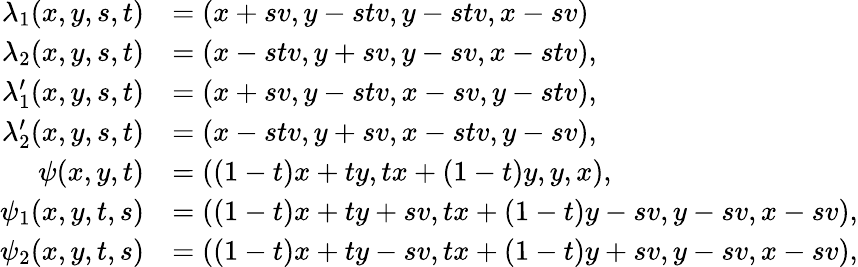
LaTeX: \begin{array}{rl}{\lambda_{1}(x,y,s,t)}&{=(x+sv,y-stv,y-stv,x-sv)}\\ {\lambda_{2}(x,y,s,t)}&{=(x-stv,y+sv,y-sv,x-stv),}\\ {\lambda_{1}^{\prime}(x,y,s,t)}&{=(x+sv,y-stv,x-sv,y-stv),}\\ {\lambda_{2}^{\prime}(x,y,s,t)}&{=(x-stv,y+sv,x-stv,y-sv),}\\ {\psi(x,y,t)}&{=((1-t)x+ty,tx+(1-t)y,y,x),}\\ {\psi_{1}(x,y,t,s)}&{=((1-t)x+ty+sv,tx+(1-t)y-sv,y-sv,x-sv),}\\ {\psi_{2}(x,y,t,s)}&{=((1-t)x+ty-sv,tx+(1-t)y+sv,y-sv,x-sv),}\end{array}